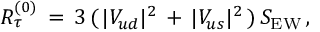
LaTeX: R _ { \tau } ^ { ( 0 ) } \, = \, 3 \, ( \, | V _ { u d } | ^ { 2 } \, + \, | V _ { u s } | ^ { 2 } \, ) \, S _ { \mathrm { { E W } } } \, ,